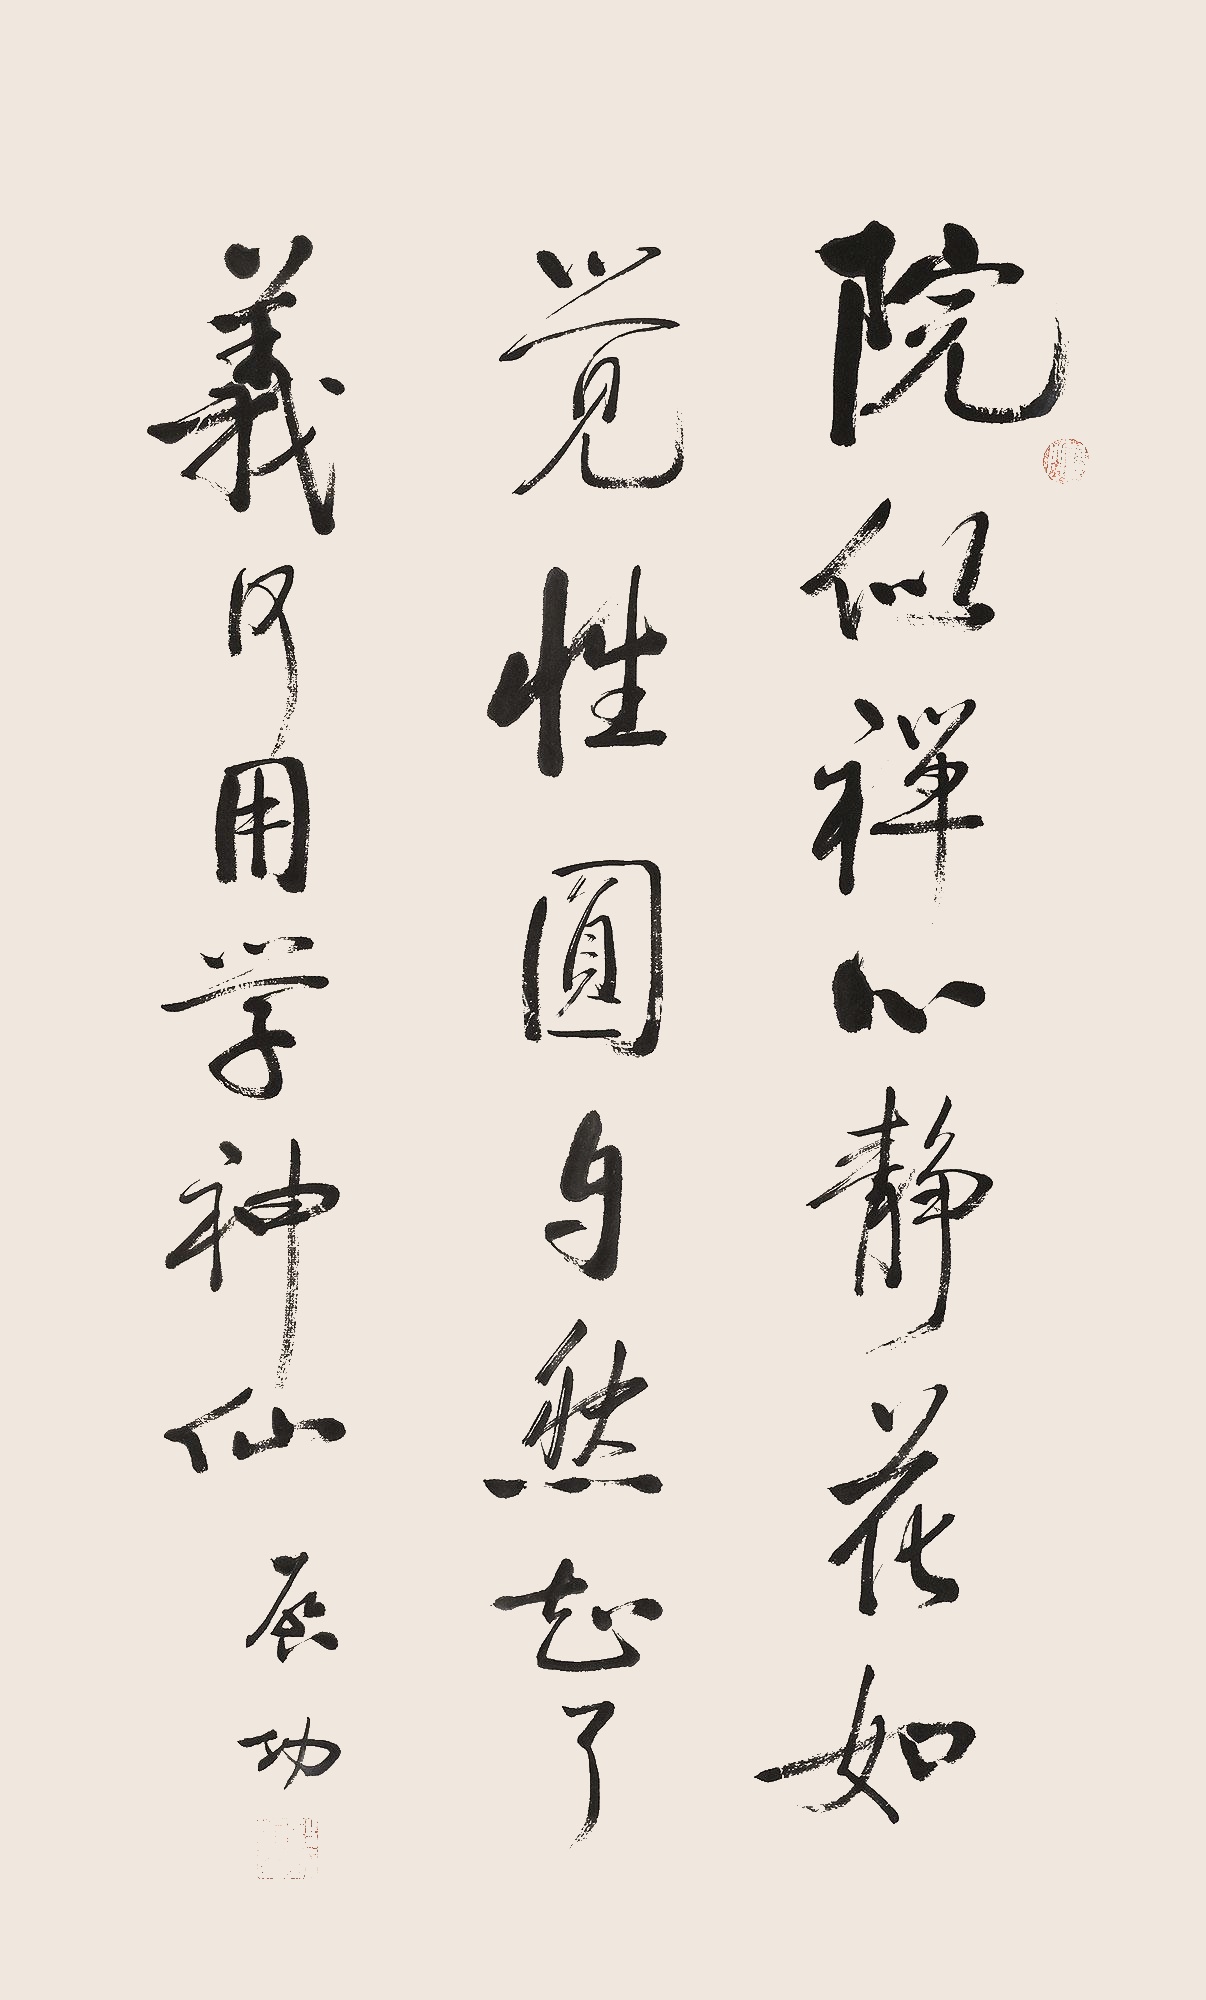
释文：院似禅心静，花如觉性圆。自然知了义，何用学神仙。启功。